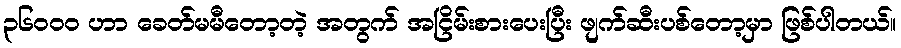
၃၆၀၀၀ ဟာ ခေတ်မမီတော့တဲ့ အတွက် အငြိမ်းစားပေးပြီး ဖျက်ဆီးပစ်တော့မှာ ဖြစ်ပါတယ်။